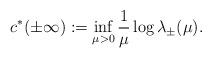
LaTeX: \begin{align*}c^*(\pm\infty):=\inf\limits_{\mu>0}\frac{1}{\mu}\log\lambda_\pm(\mu).\end{align*}